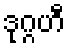
ဒုဂ္ဂဟီ